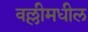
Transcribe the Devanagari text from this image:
वल्लीमधील